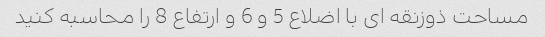
مساحت ذوزنقه ای با اضلاع 5 و 6 و ارتفاع 8 را محاسبه کنید